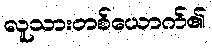
လူသားတစ်ယောက်၏